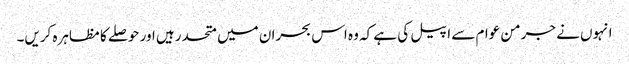
انہوں نے جرمن عوام سے اپیل کی ہے کہ وہ اس بحران میں متحد رہیں اور حوصلے کا مظاہرہ کریں۔